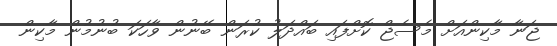
ޖަނާ މާކިންއަށް މެސެޖް ކޮށްފައި ބައްދަލު ކުރަން ބޭނުން ވާހަކަ ބުނުމުން މާކިން